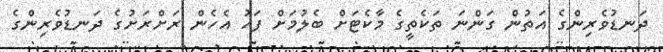
ދަނޑުވެރިންގެ އަތުން ގަންނަ ތަކެތީގެ މާކެޓަށް ބެލުމަށް ފަހު އެހެން ރަށްރަށުގެ ދަނޑުވެރިންގެ